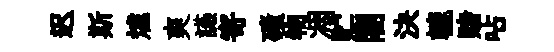
迟斯爐爽讌寄磧物凋贮闍決轆赌呫